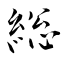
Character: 総